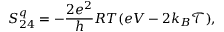
{ S _ { 2 4 } ^ { q } = - \frac { 2 e ^ { 2 } } { h } R T ( e V - 2 k _ { B } \mathcal { T } ) , }